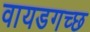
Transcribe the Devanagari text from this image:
वायडगच्छ